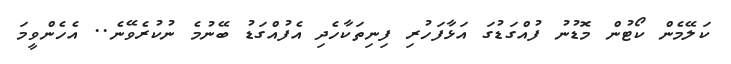
ކަލޭމެން ކޯޓުން މޮޑުނު ފުއްގަޑުގަ އަޅާފަހުރި ފިނިތަކާހެދި އެފުއްގަޑު ބޭނުމެ ނުކުރެވޭނެ.. އެހެންވީމަ